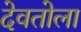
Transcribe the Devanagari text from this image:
देवतोला